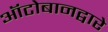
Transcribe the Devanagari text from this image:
ऑटोबानद्वारे